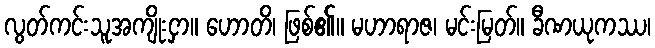
လွတ်ကင်းသူအကျိုးငှာ။ ဟောတိ၊ ဖြစ်၏။ မဟာရာဇ၊ မင်းမြတ်။ ခီဏယုကဿ၊